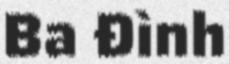
Ba Đình